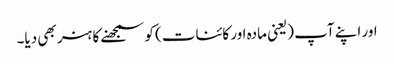
اور اپنے آپ (یعنی مادہ اور کائنات) کو سمجھنے کا ہنر بھی دیا۔